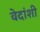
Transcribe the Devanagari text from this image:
वेदांशी